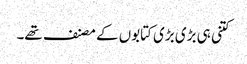
کتنی ہی بڑی بڑی کتابوں کے مصنف تھے۔